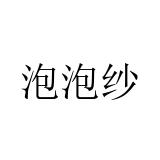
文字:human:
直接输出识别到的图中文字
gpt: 泡泡纱